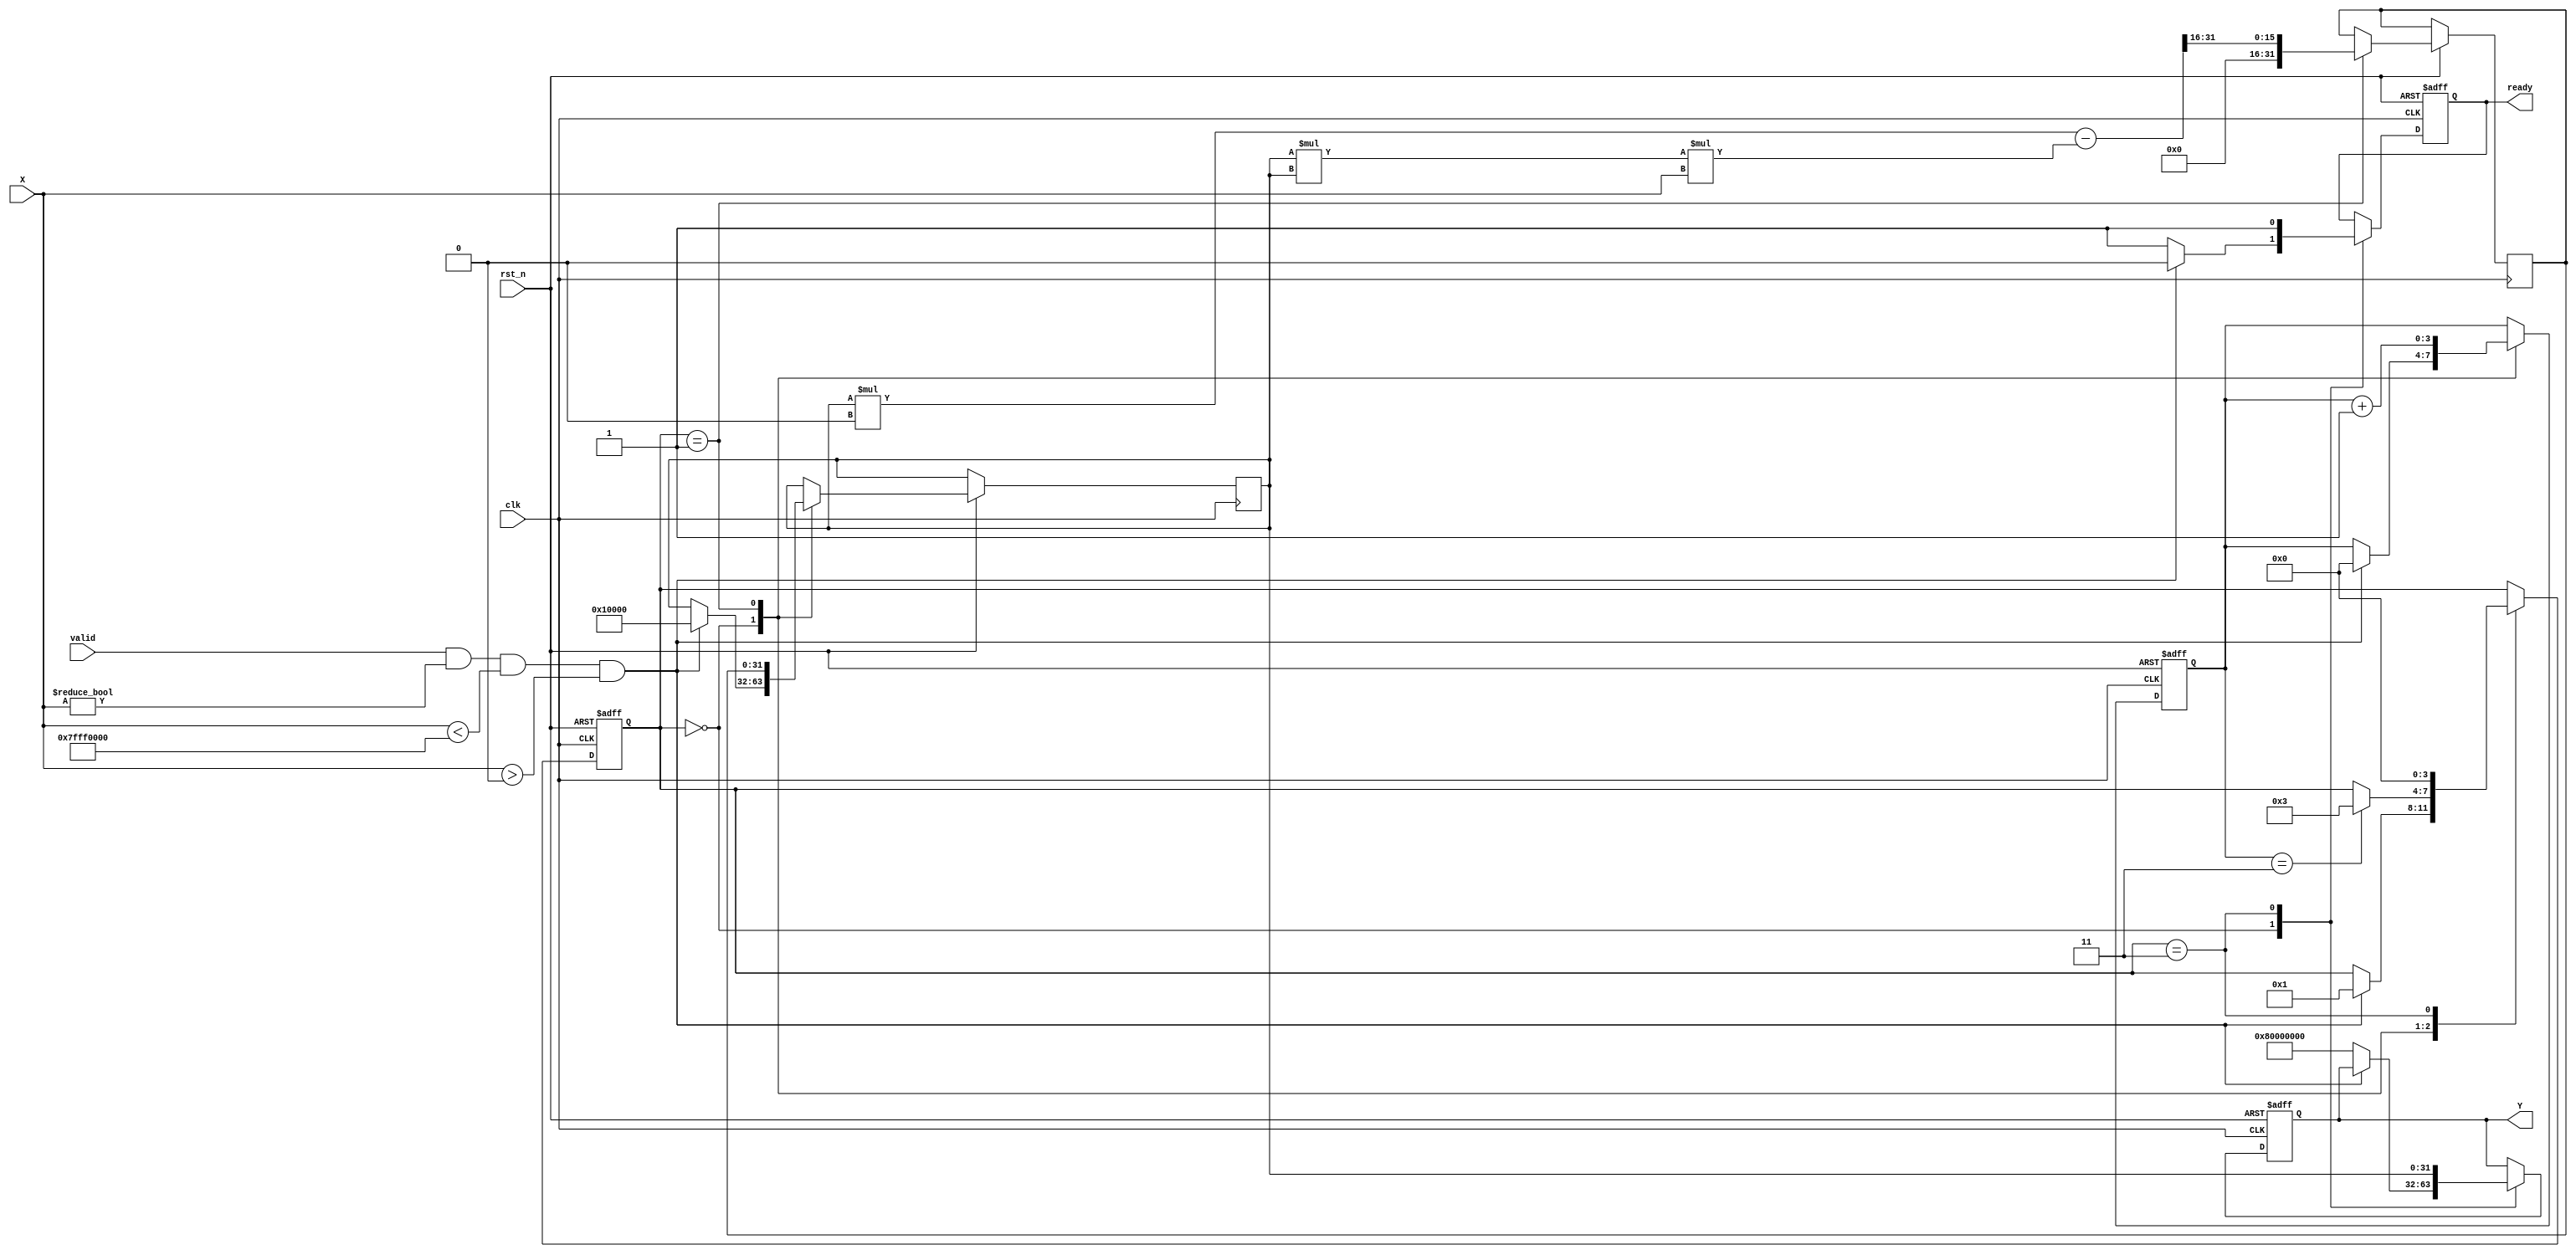
module FixedPointReciprocal #(
    parameter INTEGER_BITS = 16, // Number of integer bits
    parameter FRACTIONAL_BITS = 16, // Number of fractional bits
    parameter TOTAL_BITS = INTEGER_BITS + FRACTIONAL_BITS // Total bits for fixed-point
)(
    input wire clk,
    input wire rst_n, // Active low reset
    input wire valid, // Input valid signal
    input wire [TOTAL_BITS-1:0] X, // Input fixed-point number
    output reg [TOTAL_BITS-1:0] Y, // Output fixed-point reciprocal
    output reg ready // Output ready signal
);

    // Internal parameters
    localparam MAX_INPUT = {1'b0, {INTEGER_BITS-1{1'b1}}, {FRACTIONAL_BITS{1'b0}}}; // Maximum representable value
    localparam MIN_INPUT = {1'b0, {INTEGER_BITS-1{1'b0}}, {FRACTIONAL_BITS{1'b0}}}; // Minimum representable value
    localparam ERROR_CODE = {1'b1, {TOTAL_BITS-1{1'b0}}}; // Error code for division by zero

    reg [TOTAL_BITS-1:0] approx; // Current approximation of the reciprocal
    reg [TOTAL_BITS-1:0] next_approx; // Next approximation
    reg [3:0] state; // State variable for control logic
    reg [3:0] count; // Iteration counter

    // State encoding
    localparam IDLE = 4'd0;
    localparam INIT = 4'd1;
    localparam ITERATE = 4'd2;
    localparam OUTPUT = 4'd3;

    always @(posedge clk or negedge rst_n) begin
        if (!rst_n) begin
            Y <= 0;
            ready <= 0;
            state <= IDLE;
            count <= 0;
        end else begin
            case (state)
                IDLE: begin
                    if (valid && (X != 0) && (X < MAX_INPUT) && (X > MIN_INPUT)) begin
                        approx <= {1'b0, {INTEGER_BITS{1'b0}}} + {1'b1, {FRACTIONAL_BITS{1'b0}}}; // Initial approximation (1)
                        state <= INIT;
                        count <= 0;
                        ready <= 0;
                    end else begin
                        Y <= ERROR_CODE; // Handle invalid input
                        ready <= 1; // Indicate output is ready
                    end
                end
                INIT: begin
                    next_approx <= approx * (2**TOTAL_BITS) - (approx * approx * X) >> FRACTIONAL_BITS; // Newton-Raphson iteration
                    approx <= next_approx;
                    count <= count + 1;
                    if (count == 4'd3) begin // After 3 iterations, move to output state
                        state <= OUTPUT;
                    end
                end
                OUTPUT: begin
                    Y <= approx;
                    ready <= 1; // Indicate output is ready
                    state <= IDLE; // Go back to idle state
                end
            endcase
        end
    end

endmodule